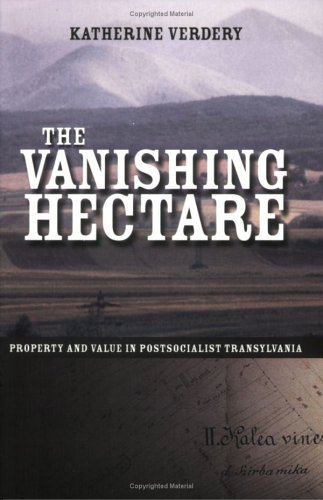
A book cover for The Vanishing Hectare: Property and Value in Postsocialist Transylvania (Culture and Society after Socialism); Katherine Verdery; History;